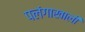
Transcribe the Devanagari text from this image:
पलंगाखाली